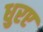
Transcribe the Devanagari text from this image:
धुरए